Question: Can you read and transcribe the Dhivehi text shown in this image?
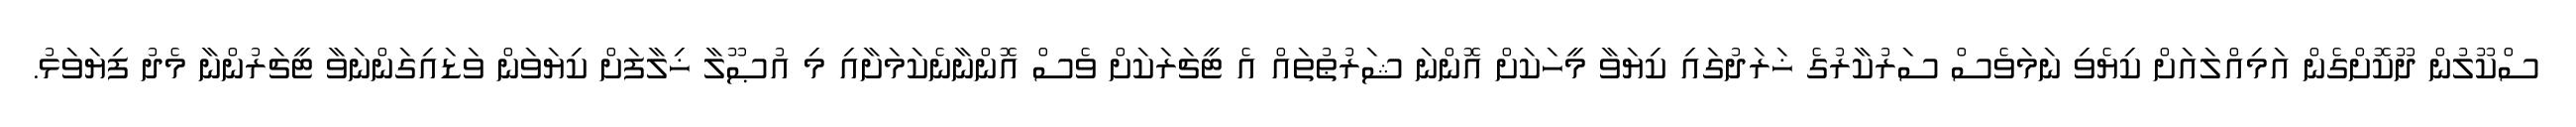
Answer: ސްކޫލުން ދޫކޮށްގެން އަމިއްލައަށް ކިޔެވި ނަމަވެސް ސަރުކާރުގެ ޚަރަދުގައި ކިޔަވާ މީހަކަށް އޮންނަ ޝަރުޠުތައް އެ ޓީޗަރަކަށް ވެސް އޮންނާނެކަމަށާއި މި އުޞޫލާ ޚިލާފަށް ކިޔަވަން ވަޑައިގަންނަވާ ޓީޗަރުންނާ މެދު ފިޔަވަޅު.